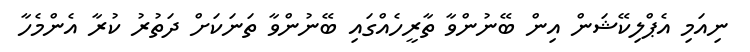
ނިއަމި އެޕްލިކޭޝަން އިން ބޭނުންވާ ތާރީހެއްގައި ބޭނުންވާ ތަނަކަށް ދަތުރު ކުރާ އެންމެހާ